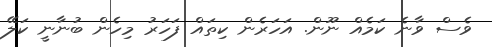
ވެސް ވާނެ ކަމެއް ނޫން. އަހަރެން ކިތައް ފަހަރު މިހެން ބުނާނީ ކަލޭ